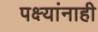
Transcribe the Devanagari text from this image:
पक्ष्यांनाही